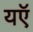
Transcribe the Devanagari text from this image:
यऍ